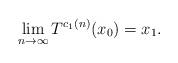
LaTeX: \begin{align*}\lim_{n \to \infty} T^{c_1(n)}(x_0) = x_1.\end{align*}